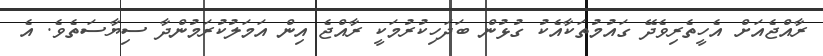
ރާއްޖެއަށް އެހީތެރިވެދޭ ގައުމުތަކާއެކު ގުޅުން ބަދަހިކުރުމަކީ ރާއްޖެ އިން އަމަލުކުރަމުންދާ ސިޔާސަތެވެ. އެ